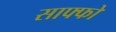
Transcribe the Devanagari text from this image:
साफ्फो